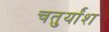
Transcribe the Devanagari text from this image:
चतुर्यांश